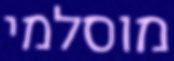
מוסלמי